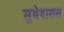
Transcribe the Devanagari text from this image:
सुबेदारास